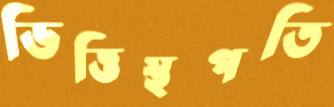
ভিত্তিস্থপতি